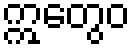
ဣတွေဝ